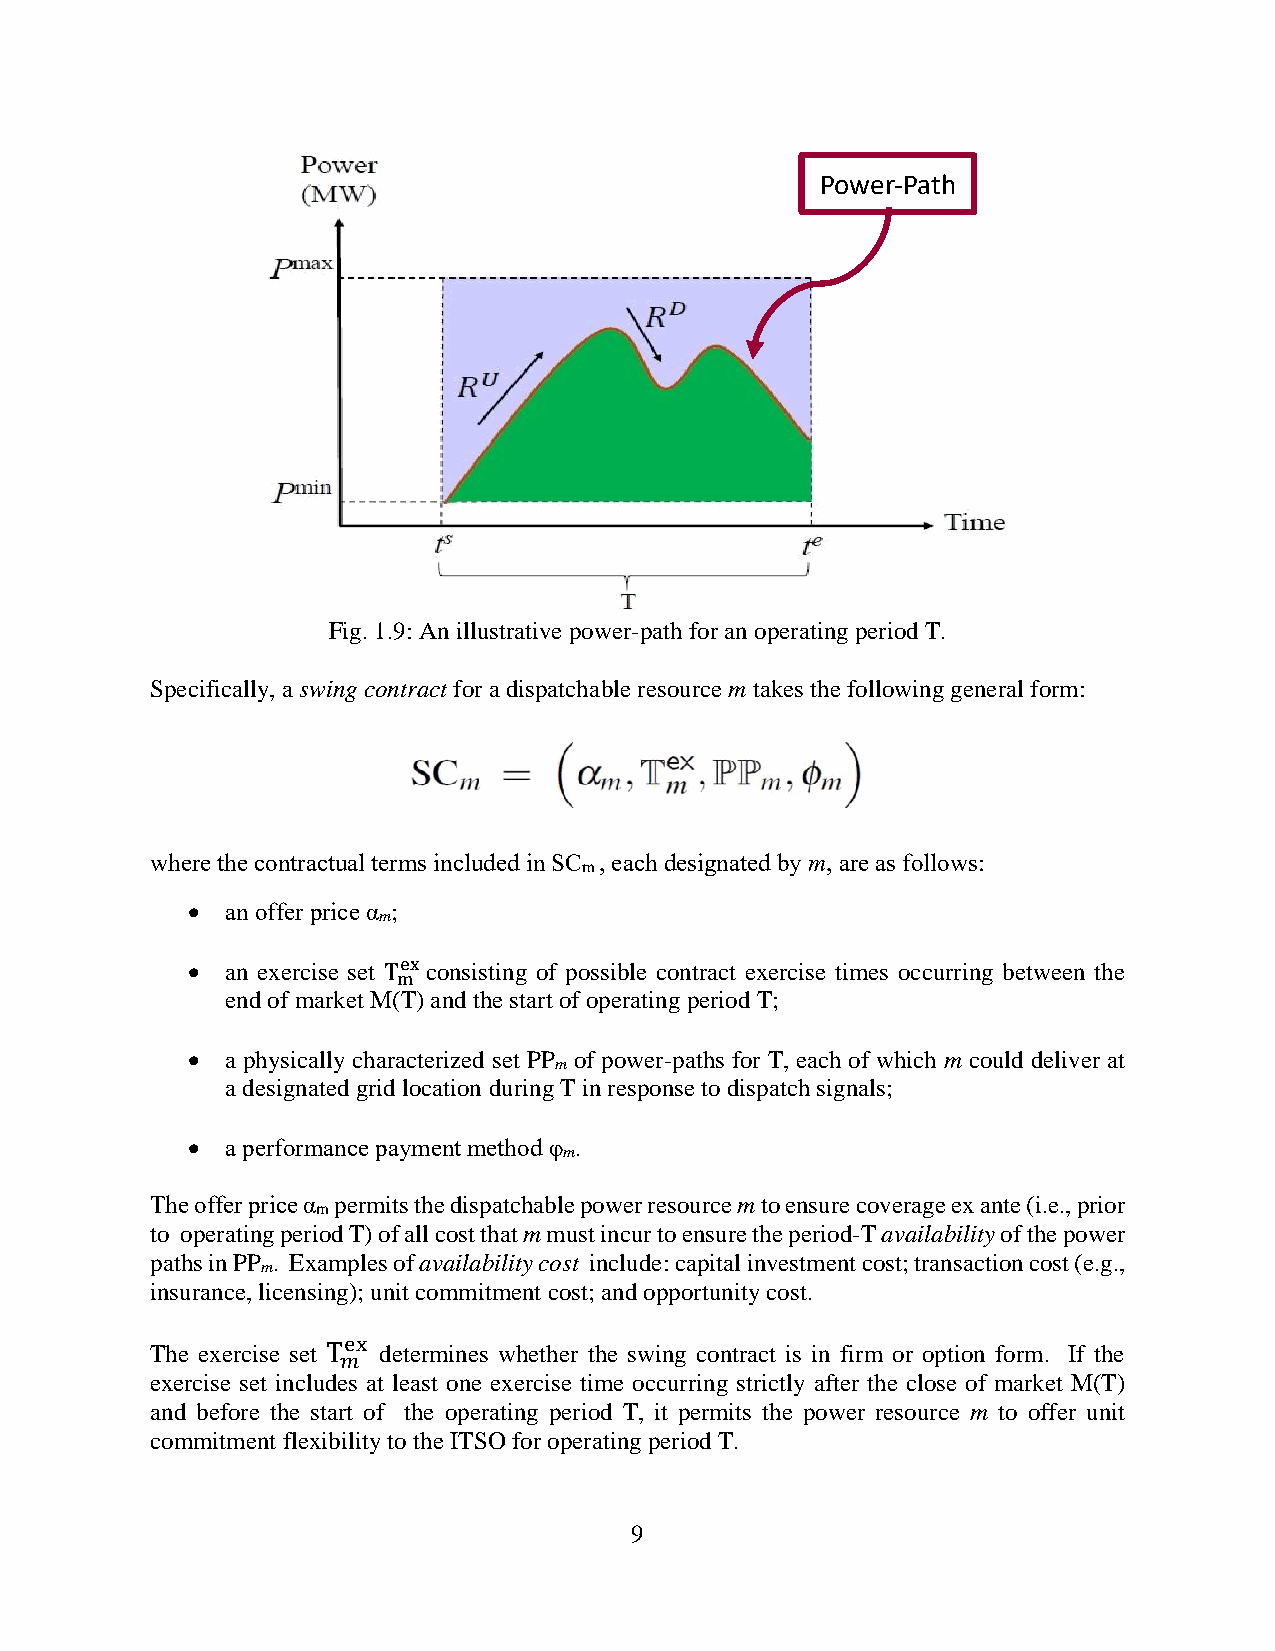
Power-Path
 Fig. 1.9: An illustrative power-path for an operating period T.
 Specifically, a swing contract for a dispatchable resource m takes the following general form:
 where the contractual terms included in SC , each designated by m, are as follows:
 m
 •  an offer price α ;
 m
 •  an exercise set Tex consisting of possible contract exercise times occurring between the
 m
 end of market M(T) and the start of operating period T;
 •  a physically characterized set PP of power-paths for T, each of which m could deliver at
 m
 a designated grid location during T in response to dispatch signals;
 •  a performance payment method φ .
 m
 The offer price α permits the dispatchable power resource m to ensure coverage ex ante (i.e., prior
 m
 to operating period T) of all cost that m must incur to ensure the period-T availability of the power
 paths in PP . Examples of availability cost include: capital investment cost; transaction cost (e.g.,
 m
 insurance, licensing); unit commitment cost; and opportunity cost.
 The exercise set
 Tex
 determines whether the swing contract is in firm or option form. If the
 𝑚
 exercise set includes at least one exercise time occurring strictly after the close of market M(T)
 and before the start of the operating period T, it permits the power resource m to offer unit
 commitment flexibility to the ITSO for operating period T.
 9